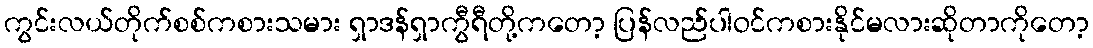
ကွင်းလယ်တိုက်စစ်ကစားသမား ရှာဒန်ရှာကွီရီတို့ကတော့ ပြန်လည်ပါဝင်ကစားနိုင်မလားဆိုတာကိုတော့